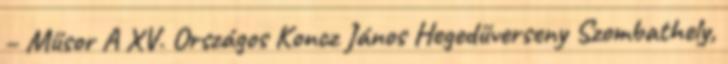
– Műsor A XV. Országos Koncz János Hegedűverseny Szombathely,